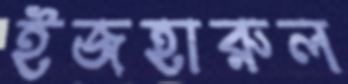
ইজহারুল